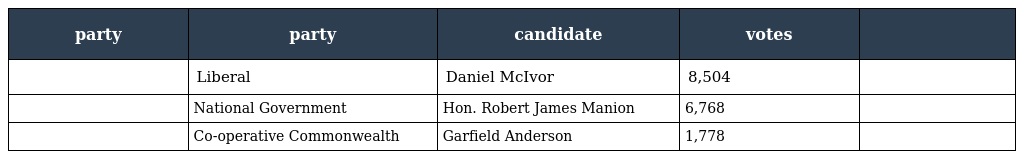
| party | party | candidate | votes |  |
 | --- | --- | --- | --- | --- |
 |  | Liberal | Daniel McIvor | 8,504 |  |
 |  | National Government | Hon. Robert James Manion | 6,768 |  |
 |  | Co-operative Commonwealth | Garfield Anderson | 1,778 |  |